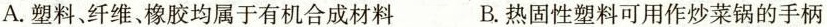
A.塑料、纤维、橡胶均属于有机合成材料 B.热固性塑料可用作炒菜锅的手柄